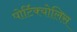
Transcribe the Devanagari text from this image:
पोर्टिक्योलिस